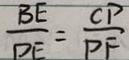
\frac { B E } { D E } = \frac { C P } { P F }